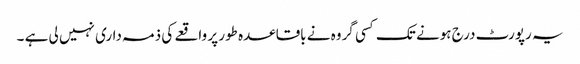
یہ رپورٹ درج ہونے تک کسی گروہ نے باقاعدہ طور پر واقعے کی ذمہ داری نہیں لی ہے ۔